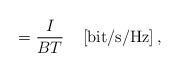
LaTeX: \begin{align*}=\frac{I}{BT}\,\quad[\textrm{bit}/\textrm{s}/\textrm{Hz}] \, , \end{align*}